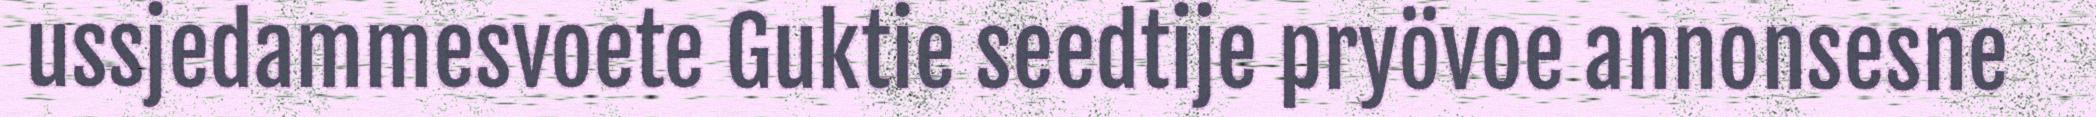
ussjedammesvoete Guktie seedtije pryövoe annonsesne